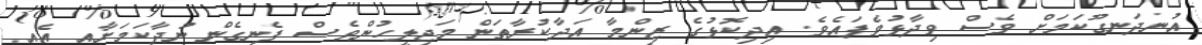
އުނދަނގޫކަމަށް ވެސް ވިދާޅުވެފައެވެ. އިދިކޮޅުގެ ޒިންމާ އަދާކުރާތަން މަޖިލީހުންވެސް ފެނިގެން ނުދާކަމަށާއި އެއީ